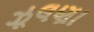
ઝૂલણા